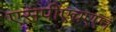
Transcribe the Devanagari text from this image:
एसपीएचएएन